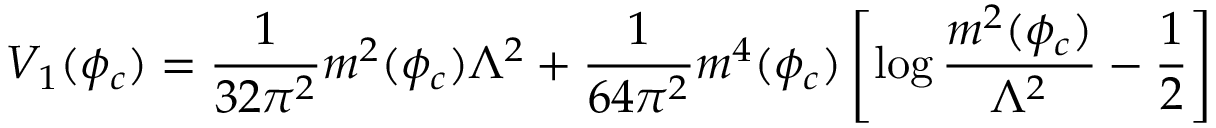
V _ { 1 } ( \phi _ { c } ) = \frac { 1 } { 3 2 \pi ^ { 2 } } m ^ { 2 } ( \phi _ { c } ) \Lambda ^ { 2 } + \frac { 1 } { 6 4 \pi ^ { 2 } } m ^ { 4 } ( \phi _ { c } ) \left[ \log \frac { m ^ { 2 } ( \phi _ { c } ) } { \Lambda ^ { 2 } } - \frac { 1 } { 2 } \right]